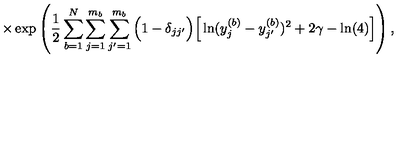
\times \exp \left( \frac { 1 } { 2 } \sum _ { b = 1 } ^ { N } \sum _ { j = 1 } ^ { m _ { b } } \sum _ { j ^ { \prime } = 1 } ^ { m _ { b } } \Big ( 1 - \delta _ { j j ^ { \prime } } \Big ) \Big [ \ln ( y _ { j } ^ { ( b ) } - y _ { j ^ { \prime } } ^ { ( b ) } ) ^ { 2 } + 2 \gamma - \ln ( 4 ) \Big ] \right) ,